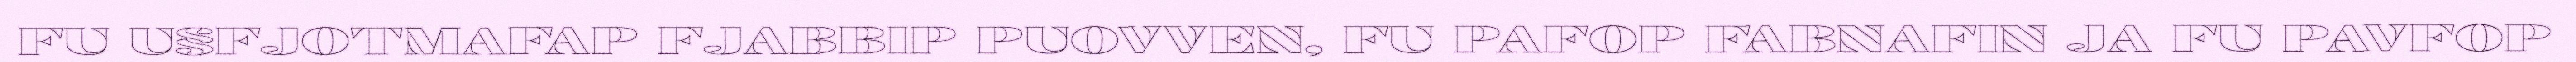
FU U§FJOTMAFAP FJABBIP PUOVVEN, FU PAFOP FABNAFIN JA FU PAVFOP